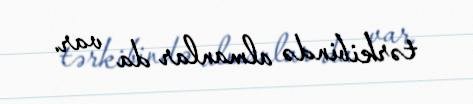
tərkibində almanlar da var.